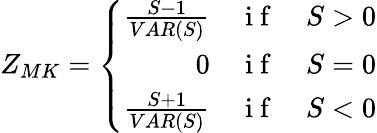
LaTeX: Z_{MK}=\left\{ \begin{array}{rll}{\frac{S-1}{VAR(S)}}&{\mathrm{~i~f~}}&{S>0}\\ {0}&{\mathrm{~i~f~}}&{S=0}\\ {\frac{S+1}{VAR(S)}}&{\mathrm{~i~f~}}&{S<0}\end{array}\right.